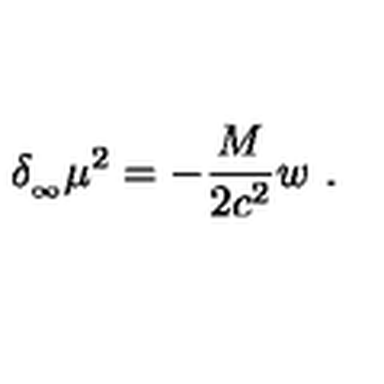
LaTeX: \delta _ { _ \infty } \mu ^ { 2 } = - { \frac { M } { 2 c ^ { 2 } } } w \ .